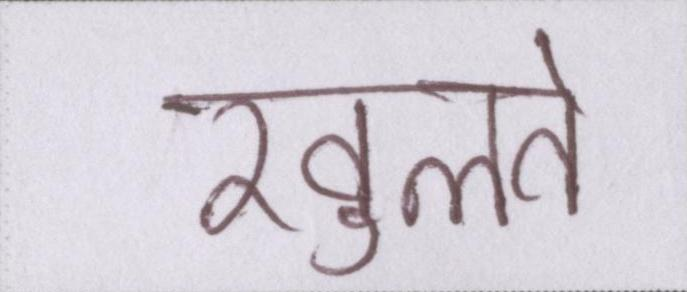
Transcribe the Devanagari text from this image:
खुलते